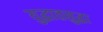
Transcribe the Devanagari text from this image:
युद्धातसुद्धा